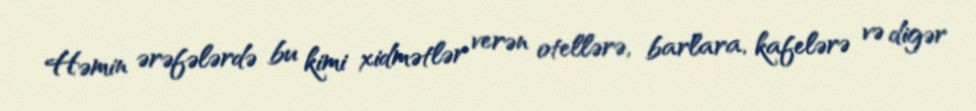
Həmin ərəfələrdə bu kimi xidmətlər verən otellərə, barlara, kafelərə və digər